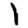
Digit: 1